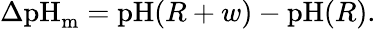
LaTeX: \begin{array}{r}{\Delta\textrm{pH}_{\textrm{m}}=\textrm{pH}(R+w)-\textrm{pH}(R).}\end{array}